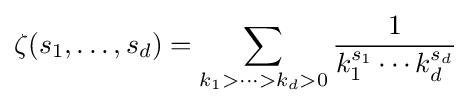
\zeta (s_{1},\ldots ,s_{d})=\sum \limits _{k_{1}>\cdots >k_{d}>0}{\frac {1}{k_{1}^{s_{1}}\cdots k_{d}^{s_{d}}}}